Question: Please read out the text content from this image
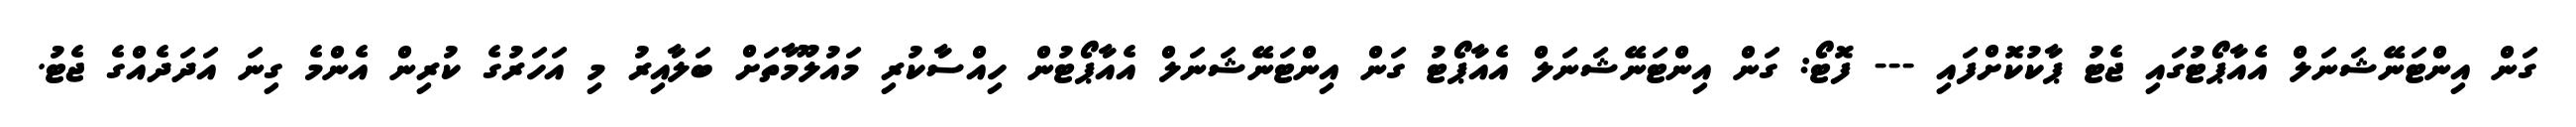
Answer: ގަން އިންޓަނޭޝަނަލް އެއާޕޯޓުގައި ޖެޓު ޕާކުކޮށްފައި --- ފޮޓޯ: ގަން އިންޓަނޭޝަނަލް އެއާޕޯޓު ގަން އިންޓަނޭޝަނަލް އެއާޕޯޓުން ހިއްސާކުރި މައުލޫމާތަށް ބަލާއިރު މި އަހަރުގެ ކުރިން އެންމެ ގިނަ އަދަދެއްގެ ޖެޓު.